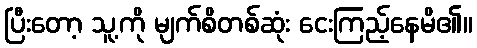
ပြီးတော့ သူ့ကို မျက်စိတစ်ဆုံး ငေးကြည့်နေမိ၏။